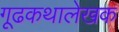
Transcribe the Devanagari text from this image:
गूढकथालेखक